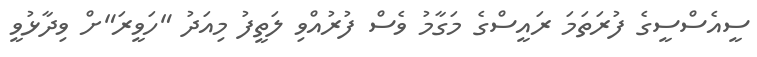
ސީއެސްސީގެ ފުރަތަމަ ރައީސްގެ މަގާމު ވެސް ފުރުއްވި ލަތީފު މިއަދު "ހަވީރަ"ށް ވިދާޅުވީ